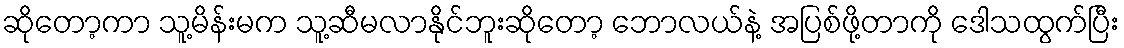
ဆိုတော့ကာ သူ့မိန်းမက သူ့ဆီမလာနိုင်ဘူးဆိုတော့ ဘောလယ်နဲ့ အပြစ်ဖို့တာကို ဒေါသထွက်ပြီး